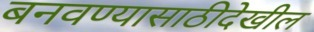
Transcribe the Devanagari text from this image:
बनवण्यासाठीदेखील